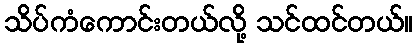
သိပ်ကံကောင်းတယ်လို့ သင်ထင်တယ်။